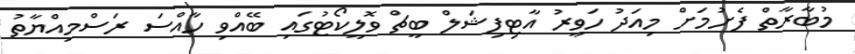
މުބާރާތް ފެށުމަށް މިއަދު ހަވީރު އާޓިފިޝަލް ބީޗް ވޮލީކޯޓުގައި ބޭއްވި ހާއްސަ ރަސްމިއްޔާތު